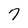
Character: 7